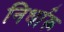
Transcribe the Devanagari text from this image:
निर्धारू